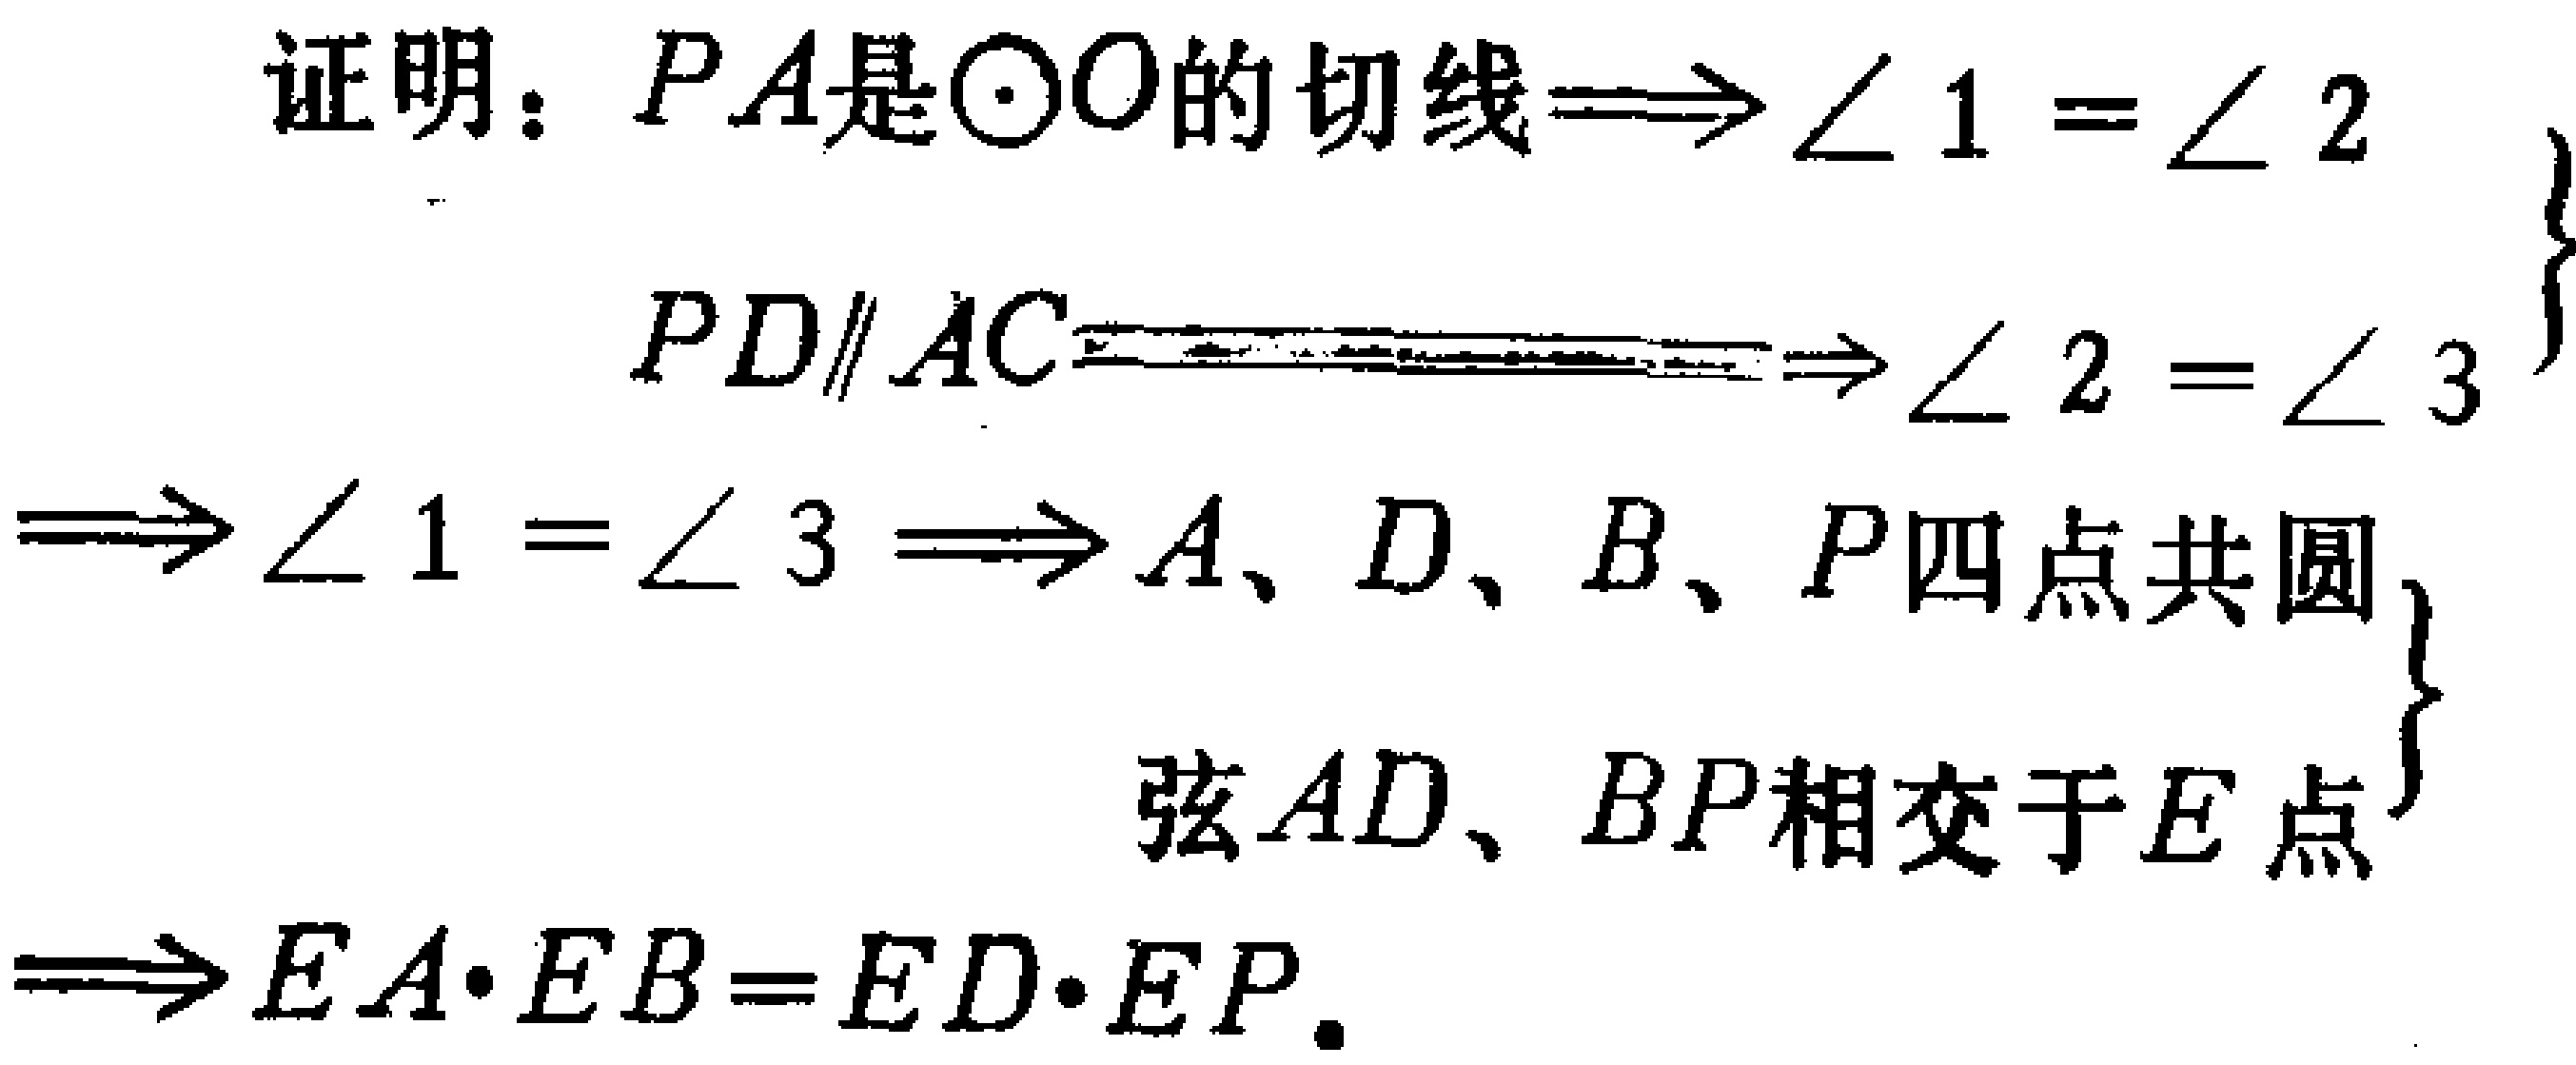
证明：\(PA\)是\(\odot O\)的切线\(\Longrightarrow \angle 1 = \angle 2\)

\(PD\parallel AC\Longrightarrow \angle 2 = \angle 3\)

\(\Longrightarrow \angle 1 = \angle 3 \Longrightarrow A、D、B、P\)四点共圆

弦\(AD、BP\)相交于\(E\)点

\(\Longrightarrow EA\cdot EB = ED\cdot EP\)